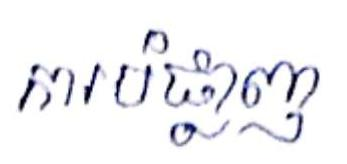
ការបំផ្លាញ